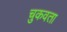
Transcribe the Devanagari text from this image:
चुकवता